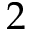
2